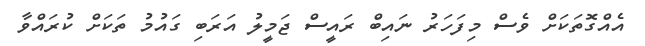
އެއްގޮތަކަށް ވެސް މިފަހަރު ނައިބް ރައީސް ޖަމީލު އަރަބި ގައުމު ތަކަށް ކުރައްވާ